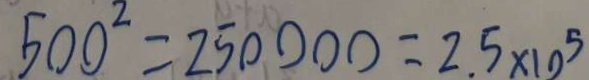
5 0 0 ^ { 2 } = 2 5 0 0 0 0 = 2 . 5 \times 1 0 ^ { 5 }